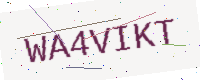
Text: WA4VIKT